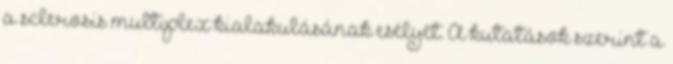
a sclerosis multiplex kialakulásának esélyét. A kutatások szerint a